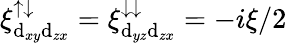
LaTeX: \xi_{\mathrm{d}_{xy}\mathrm{d}_{zx}}^{\uparrow\downarrow}=\xi_{\mathrm{d}_{yz}\mathrm{d}_{zx}}^{\downarrow\downarrow}=-i\xi/2